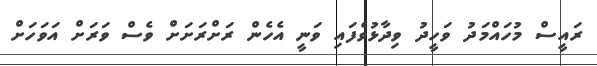
ރައީސް މުހައްމަދު ވަހީދު ވިދާޅުވެފައި ވަނީ އެހެން ރަށްރަށަށް ވެސް ވަރަށް އަވަހަށް